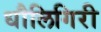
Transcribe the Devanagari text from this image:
धौलिगिरी